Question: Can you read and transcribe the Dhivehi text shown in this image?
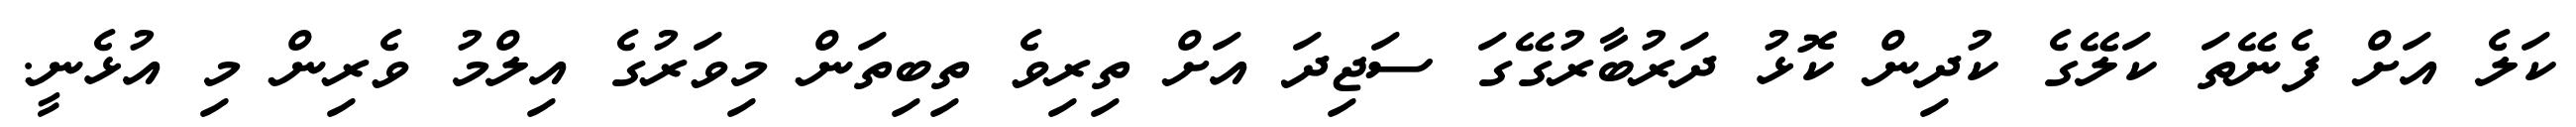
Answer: ކަލެ އަށް ފެނޭތަ ކަލޭގެ ކުދިން ކޮޅު ދަރުބާރުގޭގަ ސަޖިދަ އަށް ތިރިވެ ތިބިތަން މިވަރުގެ އިލްމު ވެރިން މި އުޅެނީ.